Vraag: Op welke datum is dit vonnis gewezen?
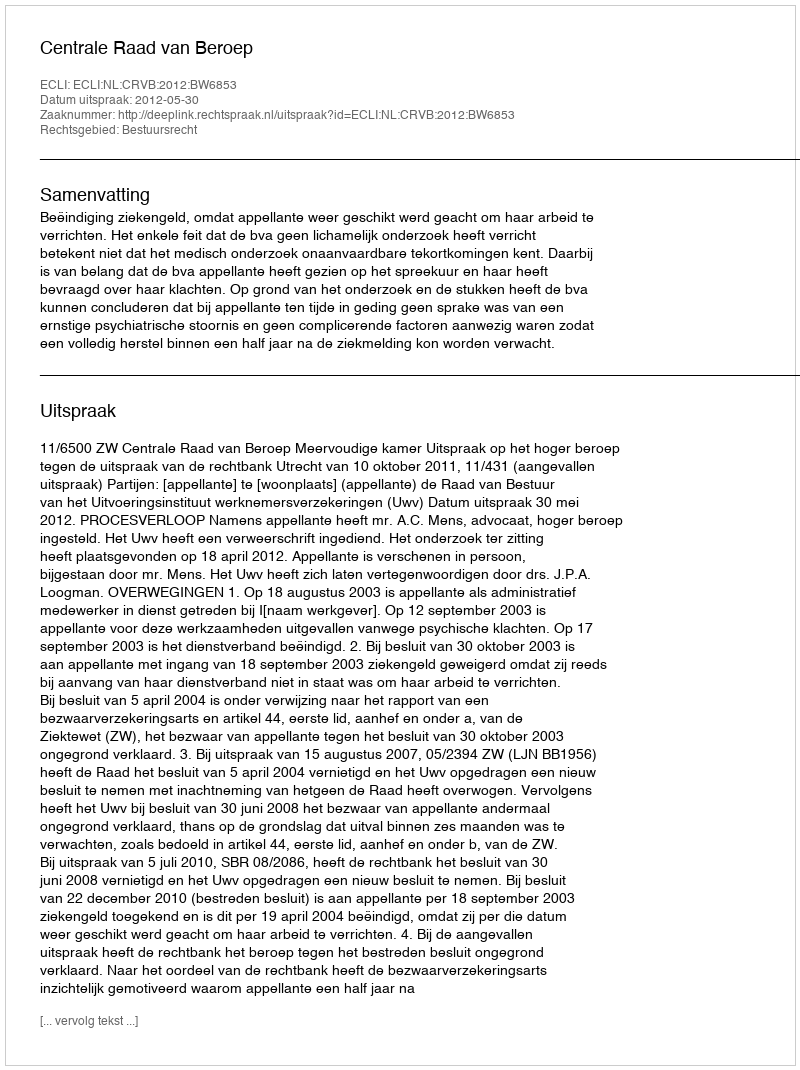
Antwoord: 2012-05-30